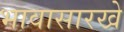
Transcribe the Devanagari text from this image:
भावासारखे